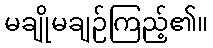
မချိုမချဉ်ကြည့်၏။